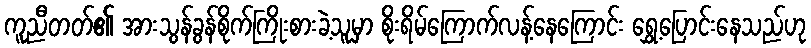
ကူညီတတ်၏ အားသွန်ခွန်စိုက်ကြိုးစားခဲ့သူမှာ စိုးရိမ်ကြောက်လန့်နေကြောင်း ရွှေ့ပြောင်းနေသည်ဟု